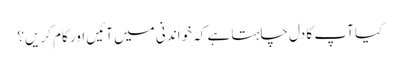
کیا آپ کا دل چاہتا ہے کہ خواندنی میں آئیں اور کام کریں؟